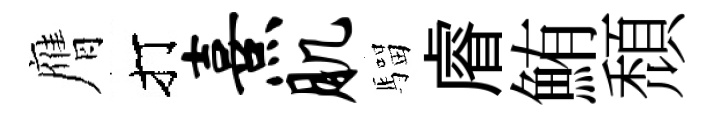
膺打熹肌騮𥈠鮪頹